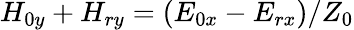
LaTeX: H_{0y}+H_{ry}=(E_{0x}-E_{rx})/Z_{0}